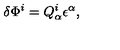
\delta \Phi ^ { i } = Q _ { \alpha } ^ { i } \epsilon ^ { \alpha } ,